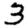
Digit: 3